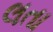
લતા